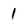
Character: 1